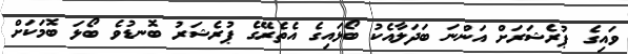
ވައިގެ ޕުރެޝަރަށް އަންނަ ބަދަލާއެކު ބޯޅައިގެ އެތެރޭގެ ޕުރެޝަރު ބޮނޑުވެ ބޯޅަ ބޮމަކަށް